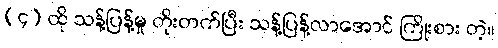
(၄) ထို သန့်ပြန့်မှု တိုးတက်ပြီး သန့်ပြန့်လာအောင် ကြိုးစား တဲ့။